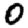
Digit: 0